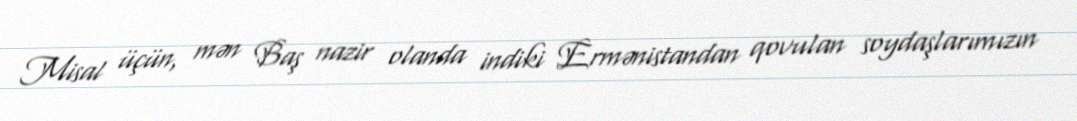
Misal üçün, mən Baş nazir olanda indiki Ermənistandan qovulan soydaşlarımızın